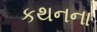
કથનના